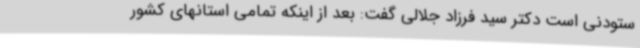
ستودنی است دکتر سید فرزاد جلالی گفت: بعد از اینکه تمامی استانهای کشور